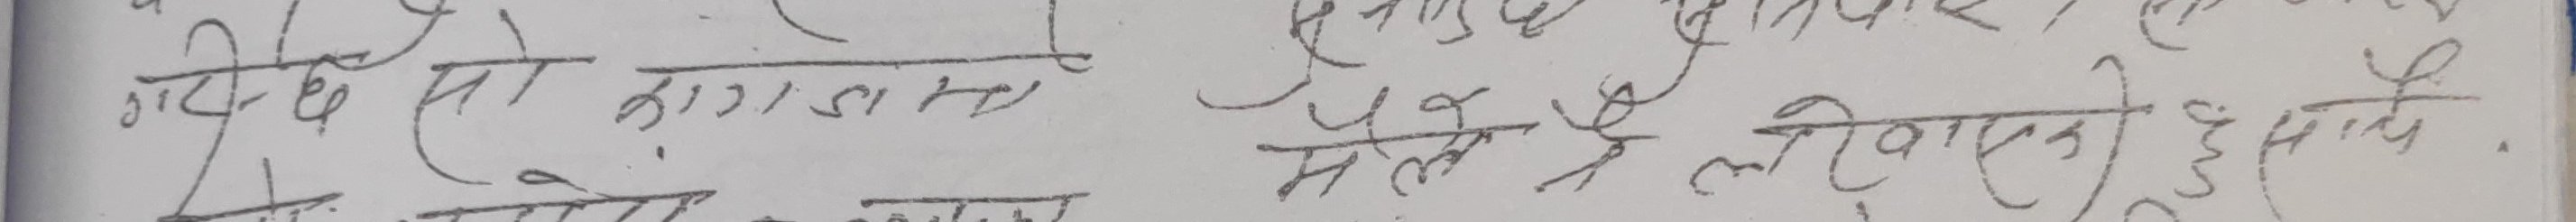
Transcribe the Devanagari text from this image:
गरिछ सो बढाओ मेले लखिएको हुन्छ.